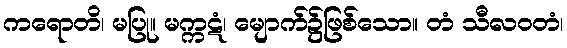
ကရောတိ၊ မပြု။ မက္ကဋံ၊ မျောက်၌ဖြစ်သော။ တံ သီလဝတံ၊